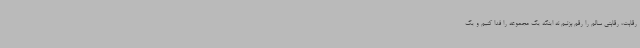
رقابت، رقابتی سالم را رقم بزنیم نه اینکه یک مجموعه را فدا کنیم و یک